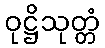
ဝုဋ္ဌိသုတ္တံ